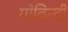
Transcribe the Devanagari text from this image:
गोविन्दी